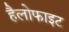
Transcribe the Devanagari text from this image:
हैलोफाइट